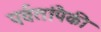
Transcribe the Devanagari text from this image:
पर्वतांपैकी